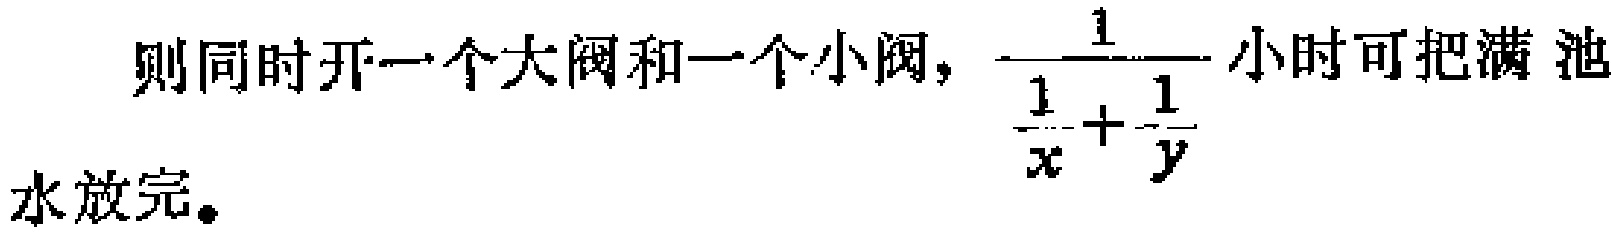
则同时开一个大阀和一个小阀，$\frac{1}{\frac{1}{x}+\frac{1}{y}}$小时可把满池水放完。